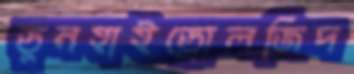
ডুনহাইড্রোলজিদ